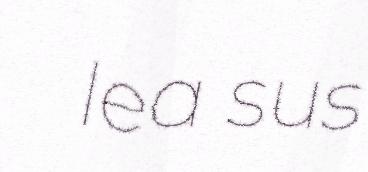
lea sus